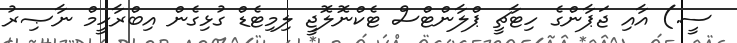
ސީ.) އާއި ޖަޕާންގެ ހިޓާޗީ ޕްލާންޓްސް ޓެކްނޮލޮޖީ ލިމިޓެޑް ގުޅިގެން އިބްރާހީމް ނާޞިރު